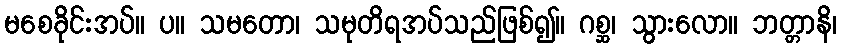
မစေခိုင်းအပ်။ ပ။ သမတော၊ သမုတိရအပ်သည်ဖြစ်၍။ ဂစ္ဆ၊ သွားလော။ ဘတ္တာနိ၊